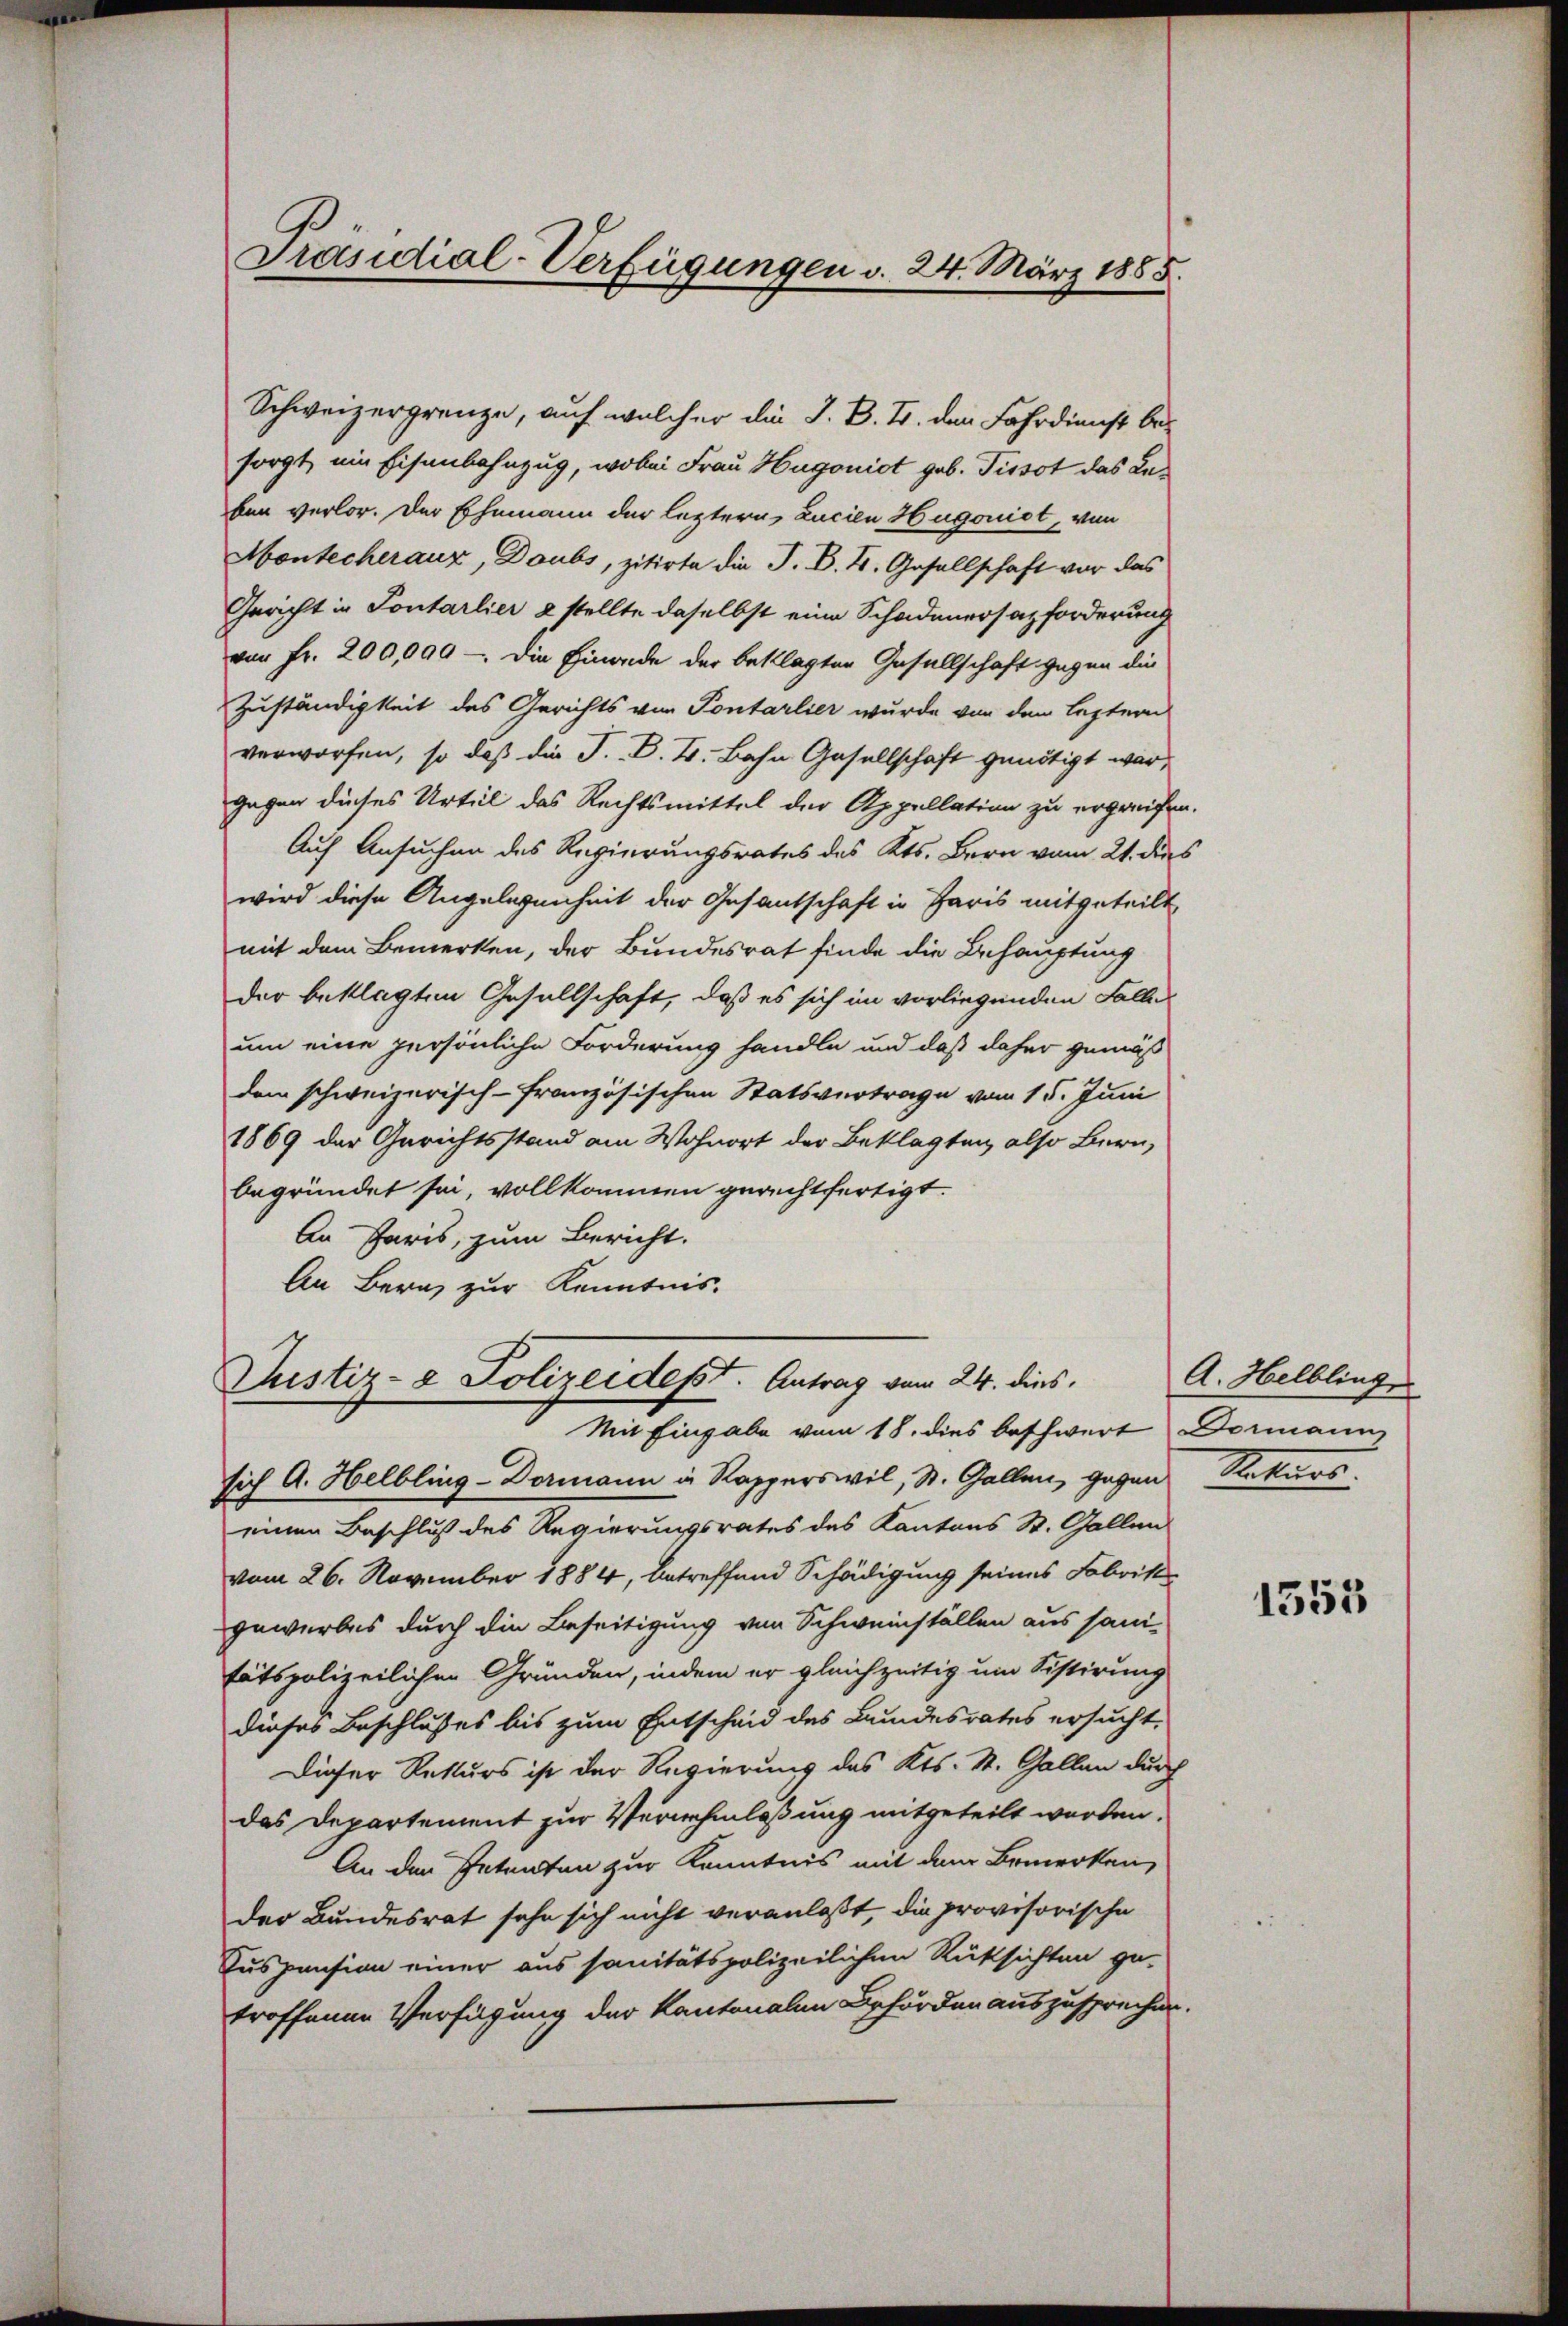
Präsidial-Verfügungen d. 24. März 1885.

Schweizergrenze, auf welcher die J. B. T. den Fahrdienst besorgt, ein Eisenbahnzug, wobei Frau Hugonist geb. Tissot das Kaben verlor. Der Ehemann der leztern, Lucien Hugonist, von
Montecheraux, Doubs, zitirte die J. B. H. Gesellschaft vor das
Gericht in Pontarlier 2 stellte daselbst eine Schadenersatzforderung
von Fr. 200,000 - die Einrede der beklagten Gesellschaft gegen die
Zuständigkeit des Gerichts von Pontarlier wurde von dem leztern
verworfen, so daß die F. B. H. Bahn Gesellschaft genötigt war,
gegen dieses Urteil das Rechtsmittel der Appellation zu ergreifen.
Auf Ansuchen des Regierungsrates des Kts. Bern vom 21. dies
wird diese Angelegenheit der Gesantschaft in Paris mitgeteilt
mit dem Bemerken, der Bundesrat finde die Behauptung
der beklagten Gesellschaft, daß es sich im vorliegenden Fallen
um eine persönliche Forderung handle und daß daher gemäß
dem schweizerisch-Französischen Statsvertrage vom 15. Juni
1869 der Gerichtsstand am Wohnort der Beklagten, also Bern,
begründet sei, vollkommen gerechtfertigt.
An Paris, zum Bericht.
An Bern zur Kenntnis.
Justiz- & Polizeidest. Antrag vom 24. dies.
Mit Eingabe vom 18. dies beschwert Dormann
sich A. Helbling-Dormann in Rapperswil, St. Gallen, gegen Rekurs
einen Beschluß des Regierungsrates des Kantons St. Gallen
vom 26. November 1884, betreffend Schädigung seines Fabrikgewerbes durch die Beseitigung von Schweinställen aus sani-
tätspolizeilichen Gründen, indem er gleichzeitig um Sistirung
dieses Beschlusses bis zum Entscheid des Bundesrates ersucht.
Dieser Rekurs ist der Regierung des Kts. St. Gallen durch
das Departement zur Vernehmlassung mitgeteilt worden.
An den Petenten zur Kenntnis mit dem Bemerken,
der Bundesrat sehe sich nicht veranlaßt, die provisorische
Auspension einer aus sanitätspolizeilichen Rücksichten ge-
troffenen Verfügung der Kantonalen Behörden auszusprechen.

A. Helblinz

1553